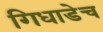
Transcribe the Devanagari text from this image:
गिधाडेच